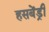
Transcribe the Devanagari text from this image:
हसबेंड्री